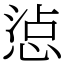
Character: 惉